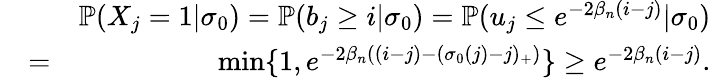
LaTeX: \begin{array}{rlr}&{}&{\mathbb{P}(X_{j}=1|\sigma_{0})=\mathbb{P}(b_{j}\geq i|\sigma_{0})=\mathbb{P}(u_{j}\leq e^{-2\beta_{n}(i-j)}|\sigma_{0})}\\ &{=}&{\operatorname*{min}\{ 1,e^{-2\beta_{n}((i-j)-(\sigma_{0}(j)-j)_{+})}\} \geq e^{-2\beta_{n}(i-j)}.}\end{array}